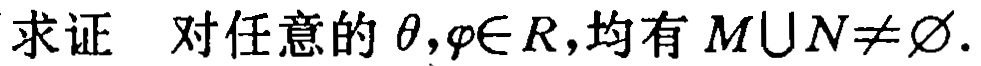
求证：对任意的\(\theta,\varphi\in R\)，均有\(M\cup N\neq\varnothing\).